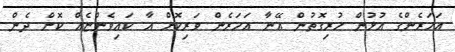
އަހަރެންގެ އުޅުން ހުރިގޮތުން އޭނާ އަހަރެން ވަރިކޮށް އާ ކައިވެންޏެއް ކޮށް ދެން